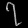
Digit: ၇